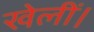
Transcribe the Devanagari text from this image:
खेलीं।